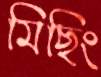
মিছিং